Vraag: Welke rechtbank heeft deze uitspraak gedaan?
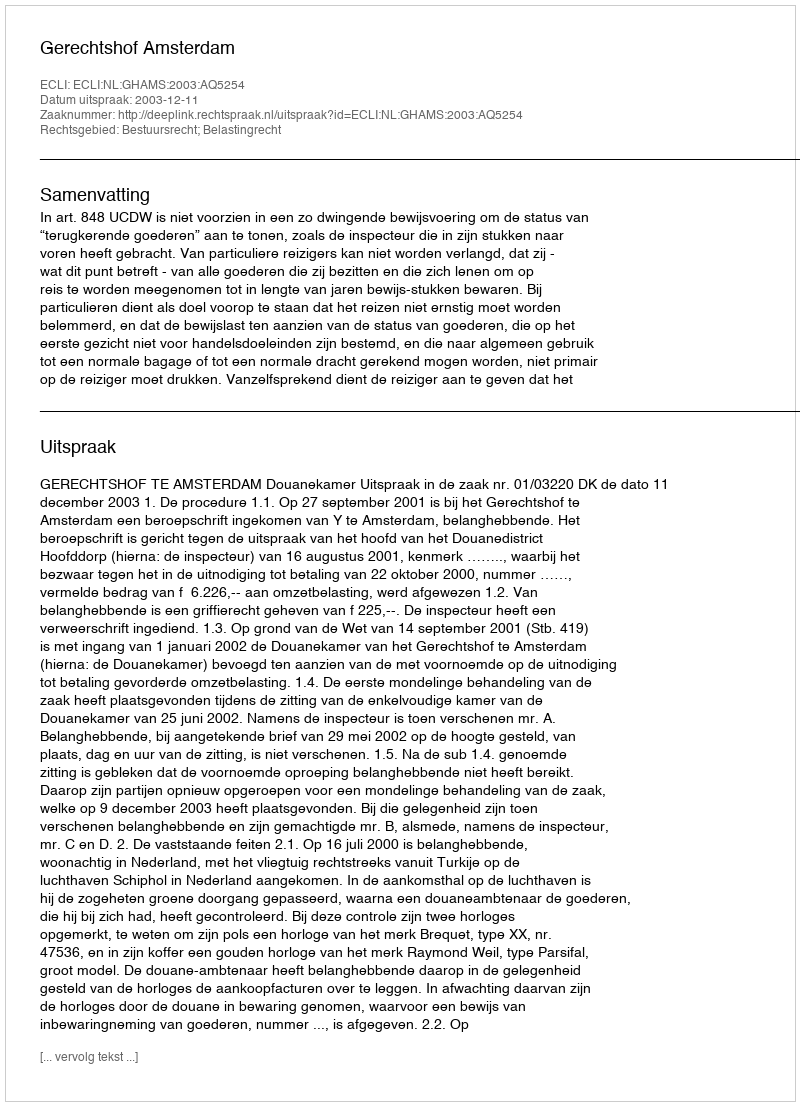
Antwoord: Gerechtshof Amsterdam